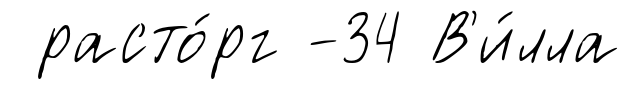
расто́рг -34 В'и́лла